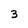
Character: 3